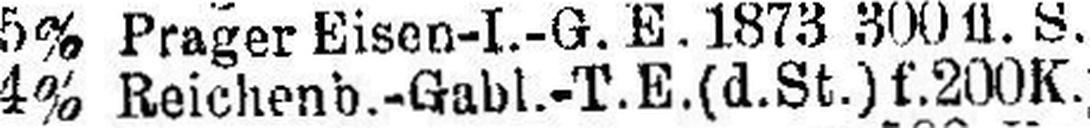
4% Reichenb.-Gabl.-T.E.(d.St.) f. 200 K.